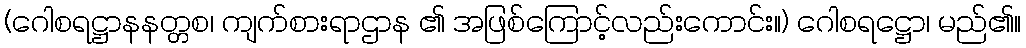
(ဂေါစရဋ္ဌာနနတ္တစ၊ ကျက်စားရာဌာန ၏ အဖြစ်ကြောင့်လည်းကောင်း။) ဂေါစရဋ္ဌော၊ မည်၏။